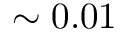
\sim 0 . 0 1